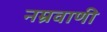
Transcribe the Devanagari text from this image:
नम्रवाणी